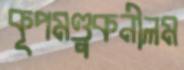
কূপমণ্ডুকনীলম